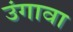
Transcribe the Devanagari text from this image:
उंगावा